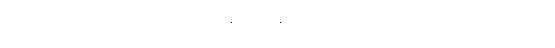
ဒါကြောင့်သာ လူဟာ ရှင်သန်မှုရှိနေတဲ့ ဘဝကို မသိကြတာဖြစ်တယ်။